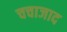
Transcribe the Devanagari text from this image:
चचाजाद